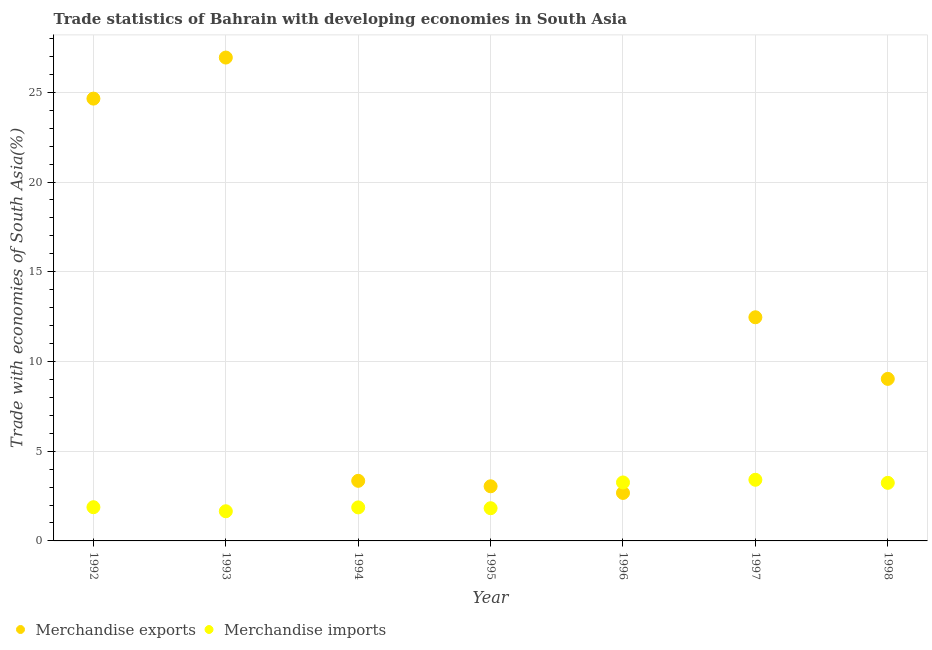
| Year | Merchandise exports | Merchandise imports |
 | --- | --- | --- |
 | 1992 | 24.6 | 1.88 |
 | 1993 | 26.9 | 1.65 |
 | 1994 | 3.35 | 1.87 |
 | 1995 | 3.04 | 1.82 |
 | 1996 | 2.67 | 3.26 |
 | 1997 | 12.5 | 3.41 |
 | 1998 | 9.03 | 3.24 |